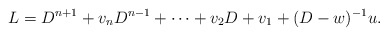
\begin{align*}L = D^{n+1} + v_n D^{n-1} + \cdots + v_2 D + v_1 + (D-w)^{-1}u.\end{align*}